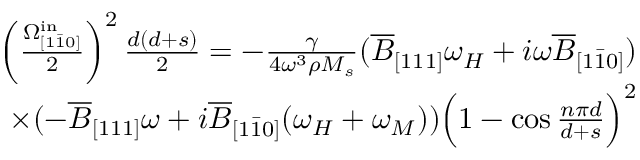
\begin{array} { r } { \left( \frac { \Omega _ { [ 1 \bar { 1 } 0 ] } ^ { \mathrm { i n } } } { 2 } \right) ^ { 2 } \frac { d ( d + s ) } { 2 } = - \frac { \gamma } { 4 \omega ^ { 3 } \rho M _ { s } } ( \overline { { B } } _ { [ 1 1 1 ] } \omega _ { H } + i \omega \overline { { B } } _ { [ 1 \bar { 1 } 0 ] } ) } \\ { \times ( - \overline { { B } } _ { [ 1 1 1 ] } \omega + i \overline { { B } } _ { [ 1 \bar { 1 } 0 ] } ( \omega _ { H } + \omega _ { M } ) ) \Big ( 1 - \cos { \frac { n \pi d } { d + s } } \Big ) ^ { 2 } } \end{array}